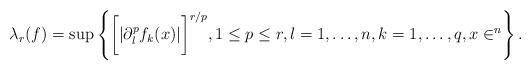
LaTeX: \begin{align*}\lambda_r(f) = \sup\left\{\bigg[|\partial_l^p f_k (x)|\bigg]^{r/p}, 1 \leq p \leq r,l = 1, \dots,n, k = 1, \dots, q, x \in \real^n \right\}.\end{align*}